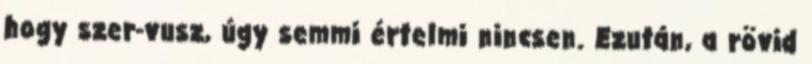
hogy szer-vusz, úgy semmi értelmi nincsen. Ezután, a rövid